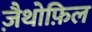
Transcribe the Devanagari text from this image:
ज़ैथोफ़िल